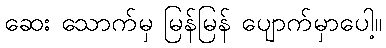
ဆေး သောက်မှ မြန်မြန် ပျောက်မှာပေါ့။